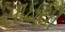
સાઇથી